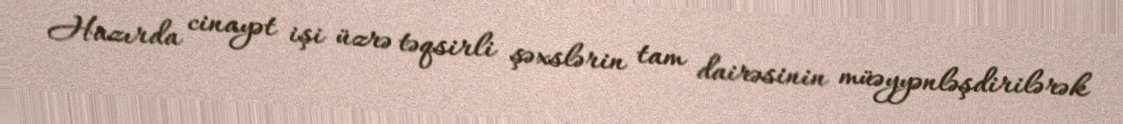
Hazırda cinayət işi üzrə təqsirli şəxslərin tam dairəsinin müəyyənləşdirilərək